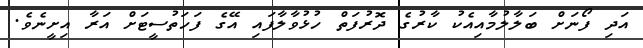
އަދި ފޯނަށް ބަލާލުމާއިއެކު ކާރުގެ ދޮރުފަތް ހުޅުވާލާފައި އޭގެ ފަހަތުސީޓަށް އަރާ އިށީނެވެ.